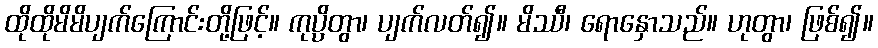
ထိုထိုမိမိပျက်ကြောင်းတို့ဖြင့်။ ကုပ္ပိတွာ၊ ပျက်လတ်၍။ မိဿီ၊ ရောနှောသည်။ ဟုတွာ၊ ဖြစ်၍။